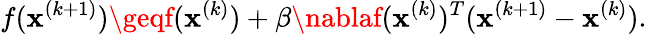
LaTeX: f(\mathbf{x}^{(k+1)})\geqf(\mathbf{x}^{(k)})+\beta\nablaf(\mathbf{x}^{(k)})^{T}(\mathbf{x}^{(k+1)}-\mathbf{x}^{(k)}).